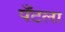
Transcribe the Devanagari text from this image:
पँटला